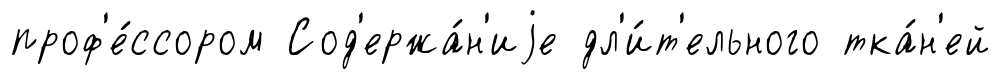
проф'е́ссором Сод'ержа́н'иjе дл'и́т'ельного тка́н'ей